Rangoon Lunatic Asylum 1878-1892 - 1878-1892
Year: 1878
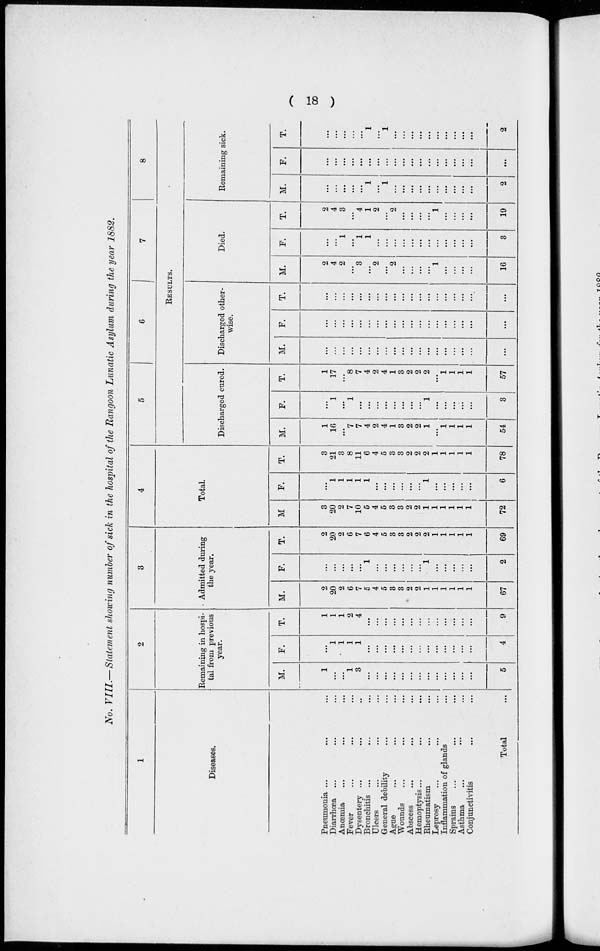
( 18 )
No. VIII.—Statement showing number of sick in the hospital of the Rangoon Lunatic Asylum during the year 1882.
1
Diseases.
Pneumonia ... ... ...
Diarrhœa ... ... ...
Anœmia ... ... ...
Fever ... ... ...
Dysentery ... ... ...
Bronchitis ... ... ...
Ulcers ... ... ...
General debility ... ...
Ague ... ... ...
Wounds ... ... ...
Abscess ... ... ...
Hemoptysis... ... ... ...
Rheumatism ... ...
Leprosy ... ... ...
Inflammation of glands ...
Sprains ... ... ...
Asthma ... ... ...
Conjunctivitis ... ...
Total ...
2
Remaining in hospi-
tal from previous
year.
M.
1
...
...
1
3
...
...
...
...
...
...
...
...
...
...
...
...
...
5
F.
...
1
1
1
1
...
...
...
...
...
...
...
...
...
...
...
...
...
4
T.
1
1
1
2
4
...
...
...
...
...
...
...
...
...
...
...
...
...
9
3
Admitted during
the year.
M.
2
20
2
6
7
5
4
5
3
3
2
2
1
1
1
1
1
1
67
F.
...
...
...
...
...
1
...
...
...
...
...
...
1
...
...
...
...
...
2
T.
2
20
2
6
7
6
4
5
3
3
2
2
2
1
1
1
1
1
69
4
Total.
M
3
20
2
7
10
5
4
5
3
3
2
2
1
1
1
1
1
1
72
F.
...
1
1
1
1
1
...
...
...
...
...
...
1
...
...
...
...
...
6
T.
3
21
3
8
11
6
4
5
3
3
2
2
2
1
1
1
1
1
78
5
6
7
8
RESULTS.
Discharged cured.
M.
1
16
...
7
7
4
2
4
1
3
2
2
1
...
1
1
1
1
54
F.
...
1
...
1
...
...
...
...
...
...
...
...
1
...
...
...
...
...
3
T.
1
17
...
8
7
4
2
4
1
3
2
2
2
...
1
1
1
1
57
Discharged other-
wise.
M.
...
...
...
...
...
...
...
...
...
...
...
...
...
...
...
...
...
...
...
F.
...
...
...
...
...
...
...
...
...
...
...
...
...
...
...
...
...
...
..
T.
...
...
...
...
...
...
...
...
...
...
...
...
...
...
...
...
...
...
...
Died.
M.
2
4
2
...
3
...
2
...
2
...
...
...
...
1
...
...
...
...
16
F.
...
...
1
...
1
1
...
...
...
...
...
...
...
...
...
...
...
...
3
T.
2
4
3
...
4
1
2
...
2
...
...
...
...
1
...
...
...
...
19
Remaining sick.
M.
...
...
...
...
...
1
...
1
...
...
...
...
...
...
...
...
...
...
2
F.
...
...
...
...
...
...
...
...
...
...
...
...
...
...
...
...
...
...
..
T.
...
...
...
...
...
1
...
1
...
...
...
...
...
...
...
...
...
...
2